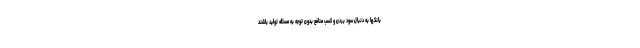
بانکها به دنبال سود بردن و کسب منافع بدون توجه به مسئله تولید باشند